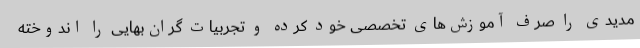
مدیدی را صرف آموزش‌های تخصصی خود کرده و تجربیات گران‌بهایی را اندوخته